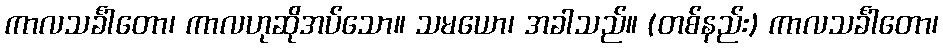
ကာလသင်္ခါတော၊ ကာလဟုဆိုအပ်သော။ သမယော၊ အခါသည်။ (တစ်နည်း) ကာလသင်္ခါတော၊